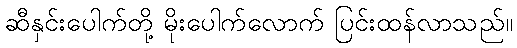
ဆီနှင်းပေါက်တို့ မိုးပေါက်လောက် ပြင်းထန်လာသည်။